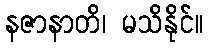
နဇာနာတိ၊ မသိနိုင်။